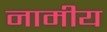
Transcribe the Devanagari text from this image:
नामीय